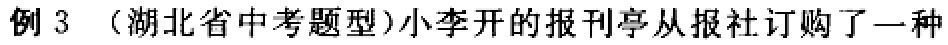
例 3 （湖北省中考题型）小李开的报刊亭从报社订购了一种